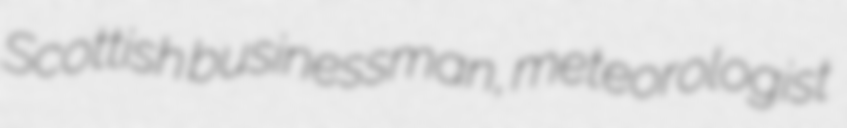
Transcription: Scottish businessman, meteorologist